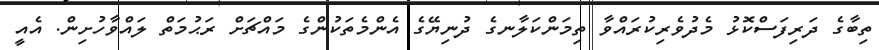
ތިބާގެ ދަރިފަސްކޮޅު މެދުވެރިކުރައްވާ ތިމަންކަލާނގެ ދުނިޔޭގެ އެންމެތަކުންގެ މައްޗަށް ރަޙުމަތް ލައްވާހުށިން. އެއީ